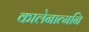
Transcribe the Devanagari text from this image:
कालेनात्मनि